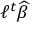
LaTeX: \ell ^ { t } { \widehat { \beta } }